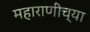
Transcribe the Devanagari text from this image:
महाराणीच्या